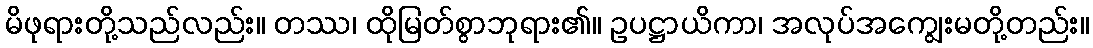
မိဖုရားတို့သည်လည်း။ တဿ၊ ထိုမြတ်စွာဘုရား၏။ ဥပဋ္ဌာယိကာ၊ အလုပ်အကျွေးမတို့တည်း။